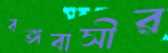
বঙ্গবাসীর